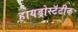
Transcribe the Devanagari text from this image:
हायड्रोस्टॅटीक